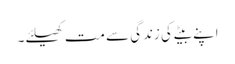
اپنے بیٹے کی زندگی سے مت کھیلئے۔